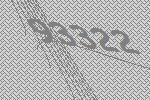
93322